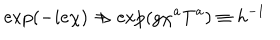
{ \exp ( - i e \chi ) \Rightarrow \exp ( g \chi ^ { a } T ^ { a } ) \equiv h ^ { - 1 } }